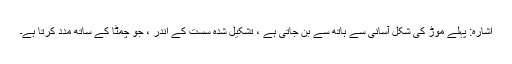
اشارہ: پہلے موڑ کی شکل آسانی سے ہاتھ سے بن جاتی ہے ، تشکیل شدہ سست کے اندر ، جو چمٹا کے ساتھ مدد کرتا ہے۔